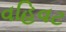
વહિવટ